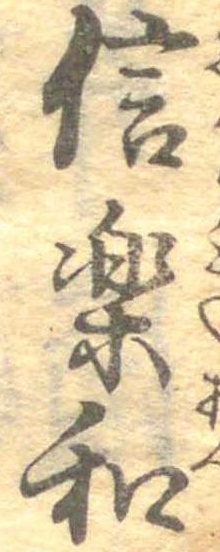
信楽和